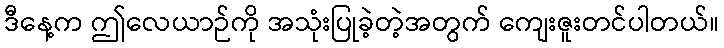
ဒီနေ့က ဤလေယာဉ်ကို အသုံးပြုခဲ့တဲ့အတွက် ကျေးဇူးတင်ပါတယ်။